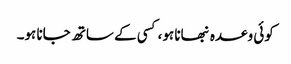
کوئی وعدہ نبھانا ہو،کسی کے ساتھ جانا ہو۔